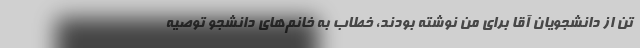
تن از دانشجویان آقا برای من نوشته بودند، خطاب به خانم‌های دانشجو توصیه